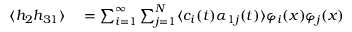
\begin{array} { r l } { \langle h _ { 2 } h _ { 3 1 } \rangle } & { { } = \sum _ { i = 1 } ^ { \infty } \sum _ { j = 1 } ^ { N } \langle c _ { i } ( t ) \alpha _ { 1 j } ( t ) \rangle \varphi _ { i } ( x ) \varphi _ { j } ( x ) } \end{array}